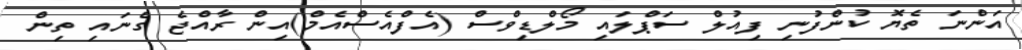
އަންނަ ތެޔޮ ކުންފުނި ފިއުލް ސަޕްލައި މޯލްޑިވްސް (އެފްއެސްއެމް)އިން ރާއްޖެ ގެނައި ތިން